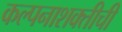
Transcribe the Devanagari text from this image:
कल्पनाशक्तीची